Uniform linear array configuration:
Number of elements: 4
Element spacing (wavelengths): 1
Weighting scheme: hamming
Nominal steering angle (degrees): -15
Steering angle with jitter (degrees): -16.209
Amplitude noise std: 0.05
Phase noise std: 0.05

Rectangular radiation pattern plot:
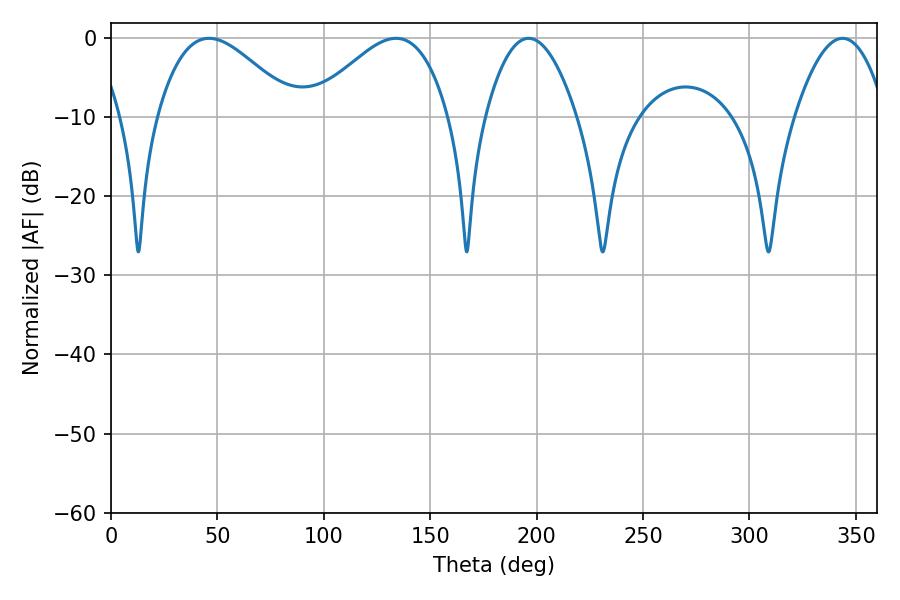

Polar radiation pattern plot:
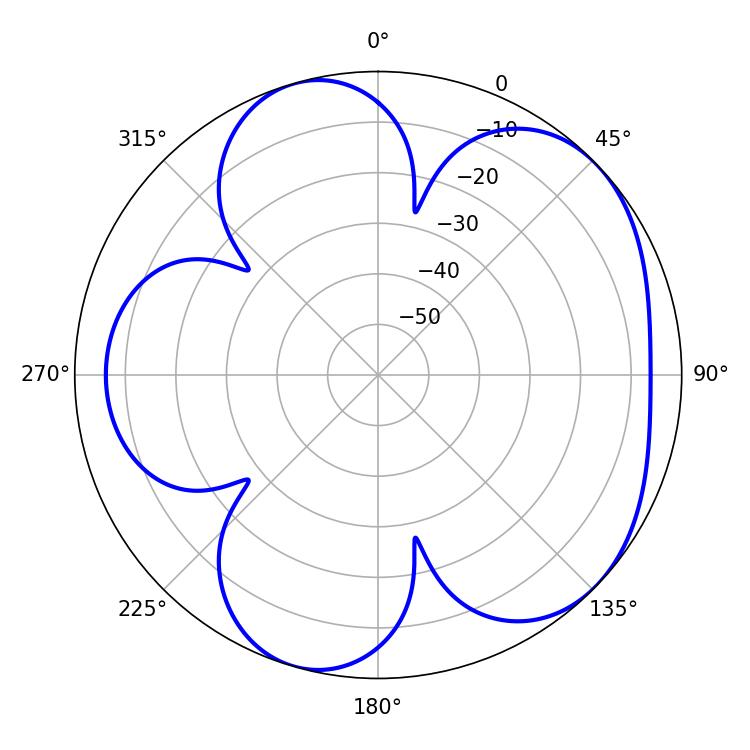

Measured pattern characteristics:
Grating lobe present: TRUE
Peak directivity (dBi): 5.136
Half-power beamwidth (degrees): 34.74
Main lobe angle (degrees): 46.08